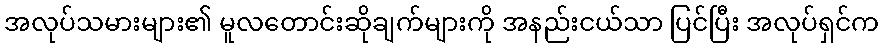
အလုပ်သမားများ၏ မူလတောင်းဆိုချက်များကို အနည်းငယ်သာ ပြင်ပြီး အလုပ်ရှင်က